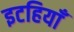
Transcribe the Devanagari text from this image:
इटहियाँ